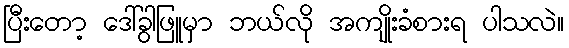
ပြီးတော့ ဒေါ်ခွါဖြူမှာ ဘယ်လို အကျိုးခံစားရ ပါသလဲ။